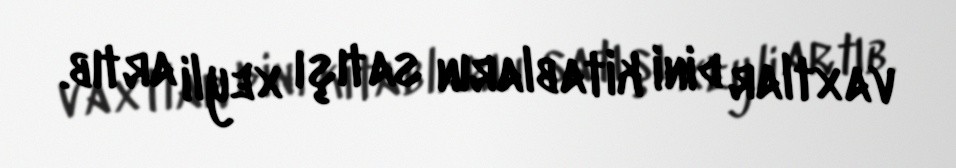
vaxtlar dini kitabların satışı xeyli artıb.